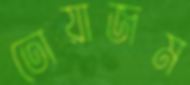
তোয়াজম